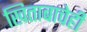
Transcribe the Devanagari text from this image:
खिताबाचेही